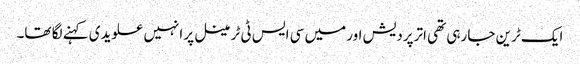
ایک ٹرین جا رہی تھی اترپردیش اور میں سی ایس ٹی ٹرمینل پر انہیں علویدی کہنے لگا تھا۔